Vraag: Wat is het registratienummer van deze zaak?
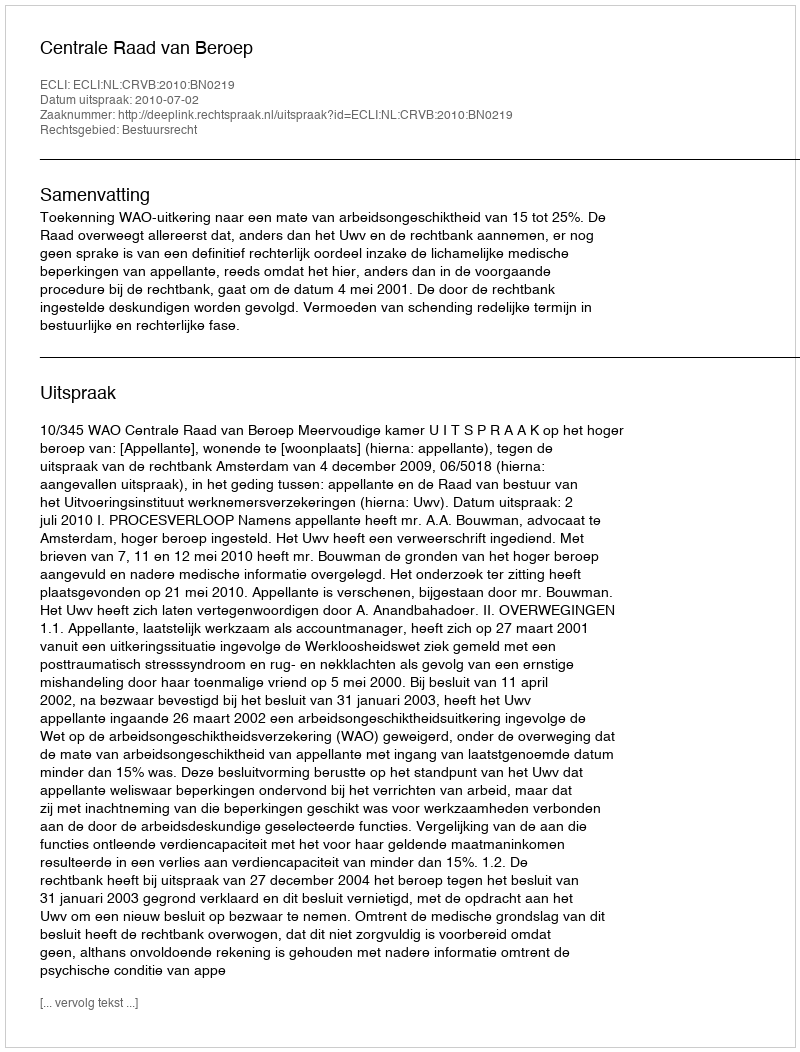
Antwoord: http://deeplink.rechtspraak.nl/uitspraak?id=ECLI:NL:CRVB:2010:BN0219